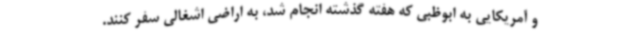
و آمریکایی به ابوظبی که هفته گذشته انجام شد، به اراضی اشغالی سفر کنند.